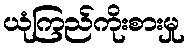
ယုံကြည်ကိုးစားမှု